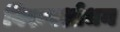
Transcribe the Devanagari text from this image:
विरूपशोधन